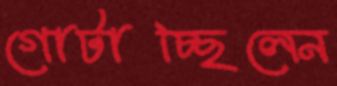
গোটাচ্ছিলেন